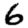
Digit: 6